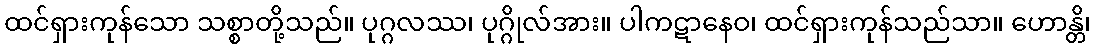
ထင်ရှားကုန်သော သစ္စာတို့သည်။ ပုဂ္ဂလဿ၊ ပုဂ္ဂိုလ်အား။ ပါကဋာနေဝ၊ ထင်ရှားကုန်သည်သာ။ ဟောန္တိ၊